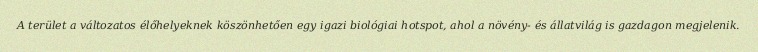
A terület a változatos élőhelyeknek köszönhetően egy igazi biológiai hotspot, ahol a növény- és állatvilág is gazdagon megjelenik.